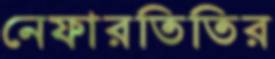
নেফারতিতির